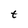
Character: t